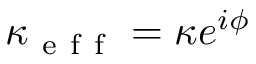
\kappa _ { \mathrm { ~ e ~ f ~ f ~ } } = \kappa e ^ { i \phi }